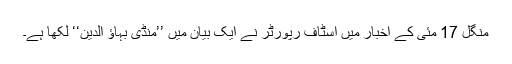
منگل 17 مئی کے اخبار میں اسٹاف رپورٹر نے ایک بیان میں ’’منڈی بہاؤ الدین‘‘ لکھا ہے۔